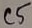
Text: C5